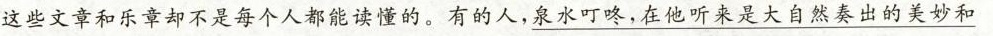
这些文章和乐章却不是每个人都能读懂的。有的人，\underline{泉水叮咚，在他听来是大自然奏出的美妙和}